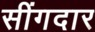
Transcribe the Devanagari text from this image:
सींगदार